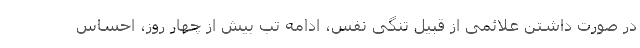
در صورت داشتن علائمی از قبیل تنگی نفس، ادامه تب بیش از چهار روز، احساس